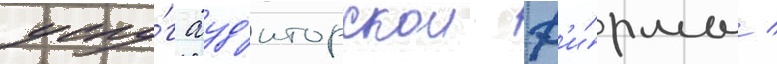
услу́г ауд'иторскои ф'и́рмы /